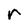
Character: r